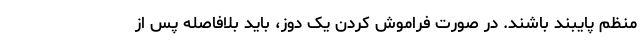
منظم پایبند باشند. در صورت فراموش کردن یک دوز، باید بلافاصله پس از